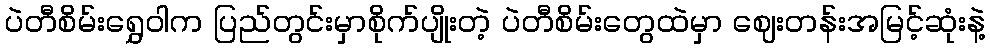
ပဲတီစိမ်းရွှေဝါက ပြည်တွင်းမှာစိုက်ပျိုးတဲ့ ပဲတီစိမ်းတွေထဲမှာ ဈေးတန်းအမြင့်ဆုံးနဲ့